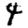
Digit: 4